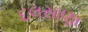
દલસાણા